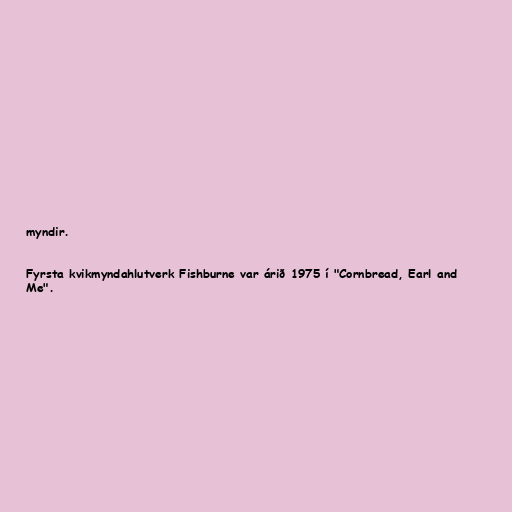
myndir.

Fyrsta kvikmyndahlutverk Fishburne var árið 1975 í "Cornbread, Earl and
Me".